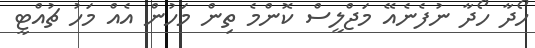
ހޯދާ ހޯދާ ނުފެނެއޭ މަޖްލީސް ކޮންމެ ތިން މަހުން އެއް މަހު ޗުއްޓީ